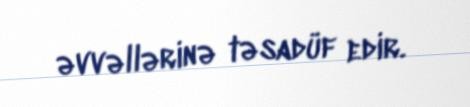
əvvəllərinə təsadüf edir.